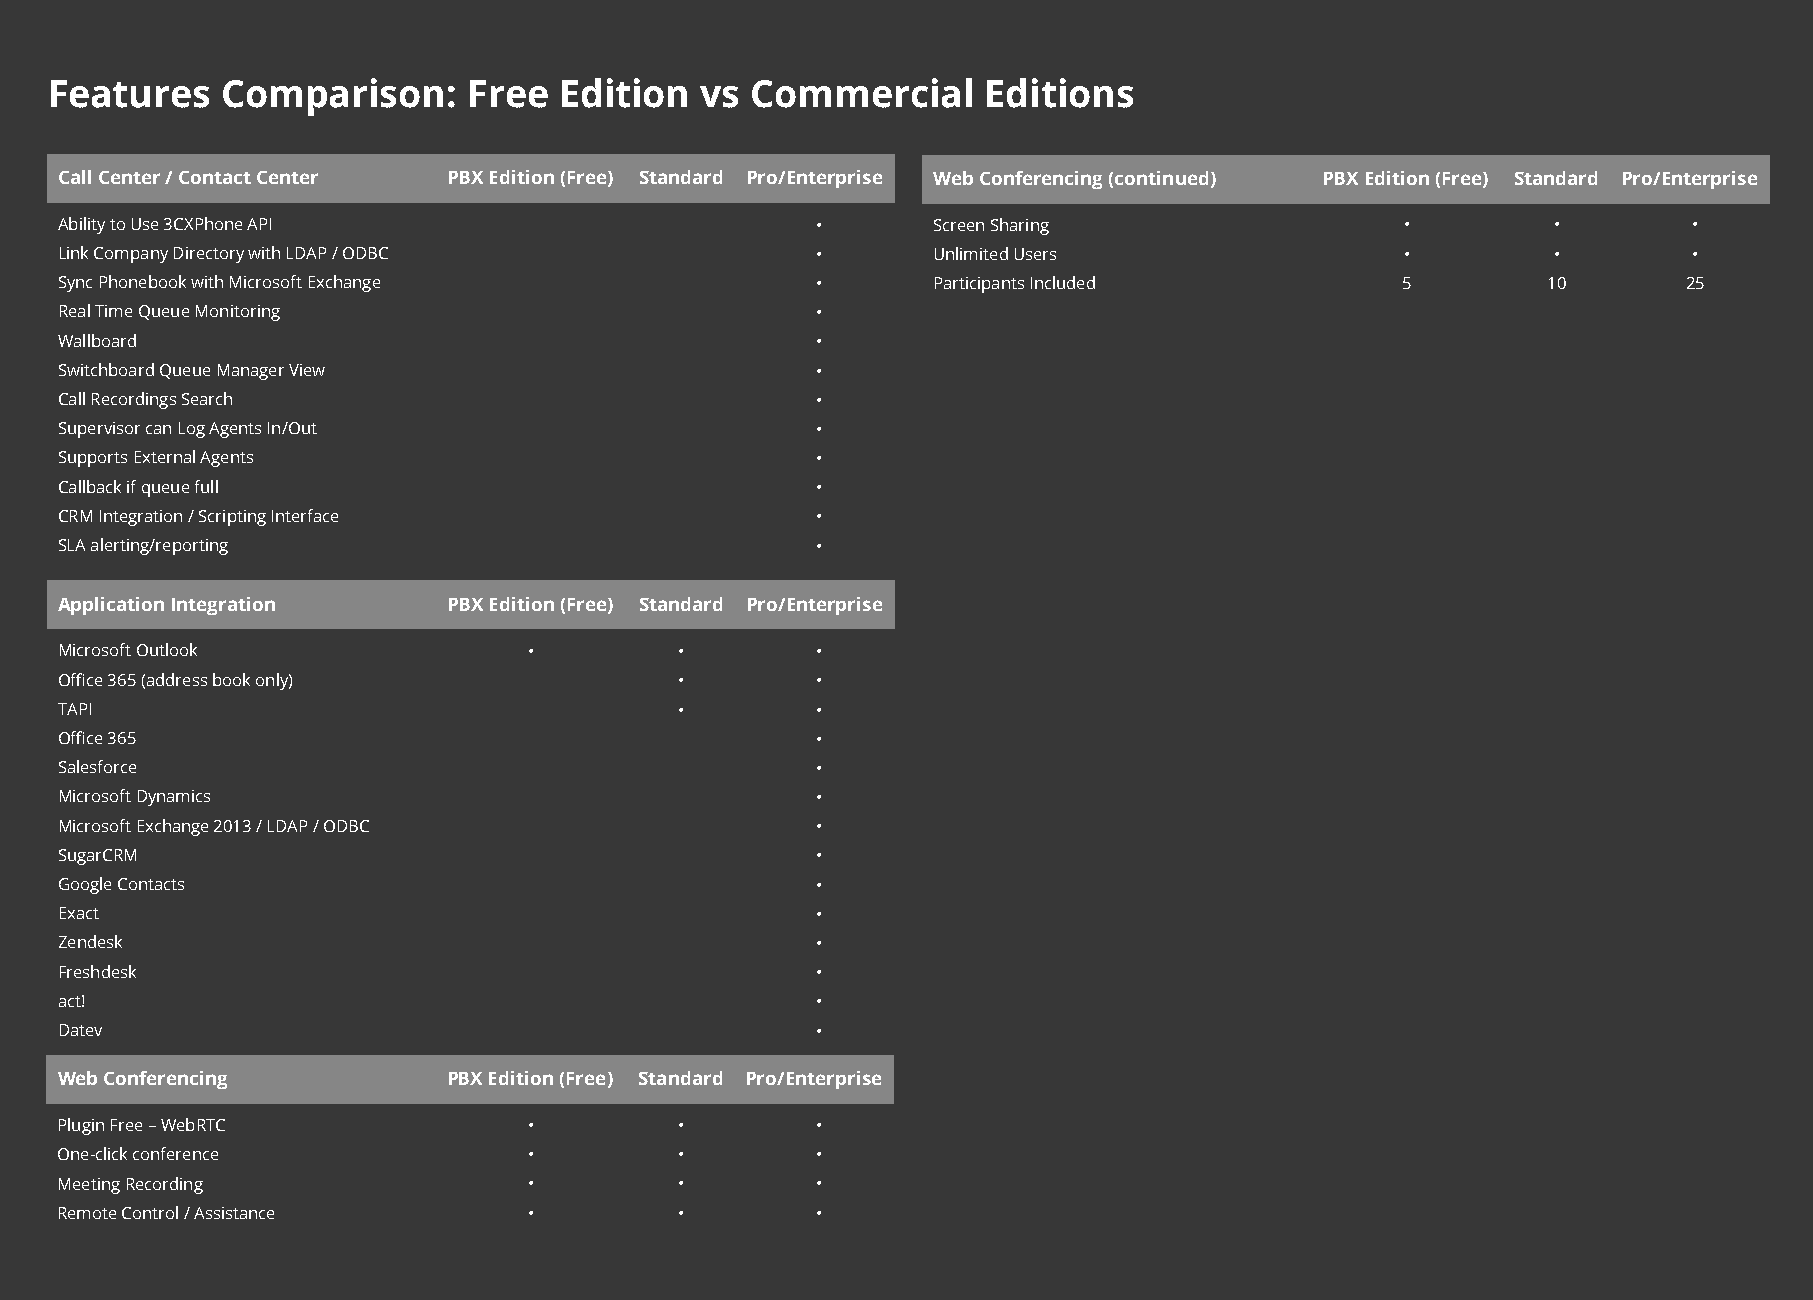
Features    Comparison:     Free  Edition  vs  Commercial     Editions
 Call Center / Contact Center PBX Edition (Free) Standard Pro/Enterprise Web Conferencing (continued) PBX Edition (Free) Standard Pro/Enterprise
 Ability to Use 3CXPhone API                       •       Screen Sharing                 •         •        •
 Link Company Directory with LDAP / ODBC           •       Unlimited Users                •         •        •
 Sync Phonebook with Microsoft Exchange            •       Participants Included          5        10        25
 Real Time Queue Monitoring                        •
 Wallboard                                         •
 Switchboard Queue Manager View                    •
 Call Recordings Search                            •
 Supervisor can Log Agents In/Out                  •
 Supports External Agents                          •
 Callback if queue full                            •
 CRM Integration / Scripting Interface             •
 SLA alerting/reporting                            •
 Application Integration   PBX Edition (Free) Standard Pro/Enterprise
 Microsoft Outlook              •         •        •
 Office 365 (address book only)           •        •
 TAPI                                     •        •
 Office 365                                        •
 Salesforce                                        •
 Microsoft Dynamics                                •
 Microsoft Exchange 2013 / LDAP / ODBC             •
 SugarCRM                                          •
 Google Contacts                                   •
 Exact                                             •
 Zendesk                                           •
 Freshdesk                                         •
 act!                                              •
 Datev                                             •
 Web Conferencing          PBX Edition (Free) Standard Pro/Enterprise
 Plugin Free – WebRTC           •         •        •
 One-click conference           •         •        •
 Meeting Recording              •         •        •
 Remote Control / Assistance    •         •        •